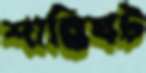
শান্তিঘট